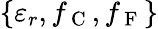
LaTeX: \{ \varepsilon_{r},f_{\mathrm{~C~}},f_{\mathrm{~F~}}\}